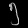
Digit: ၅